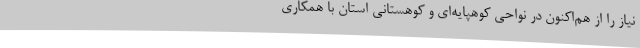
نیاز را از هم‌اکنون در نواحی کوهپایه‌ای و کوهستانی استان با همکاری